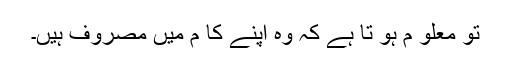
تو معلو م ہو تا ہے کہ وہ اپنے کا م میں مصروف ہیں۔